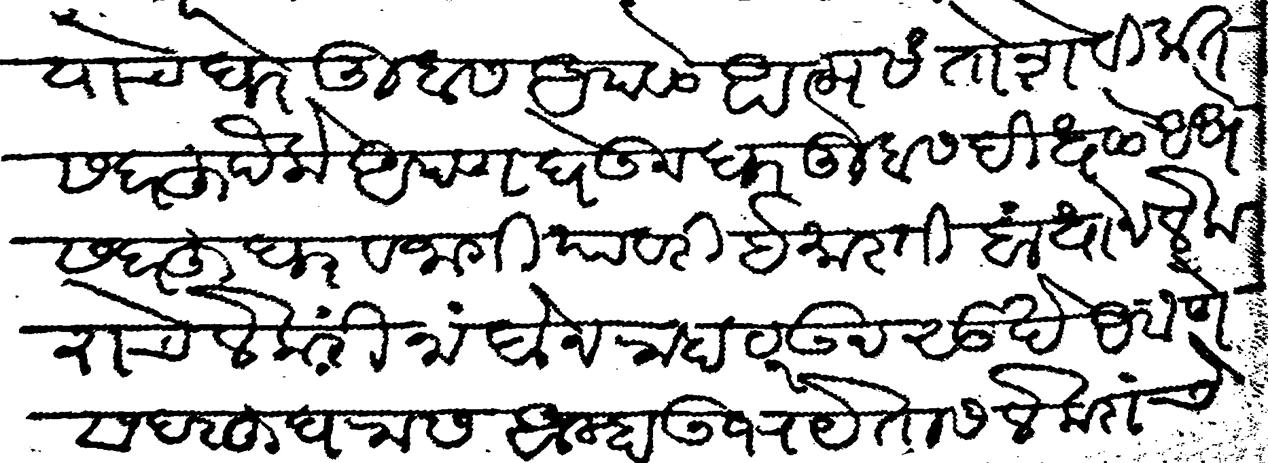
Transliteration (Devanagari): याचे घरे तुम्हास आपले आत्मसंतोशे वीकत सदरहु पैके आपण घेऊन घर तुम्हास दीधले असे सदरहु पैके आपण घेऊन गर तुम्हास दीधले असे सदरहु घर व जागीबावरी ईमारती बांधोन लेकराचे लेकरी नांदोन राहा रऊन सुखे असणे